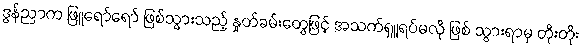
ဒွန်ညာက ဖြူရော်ရော် ဖြစ်သွားသည့် နှုတ်ခမ်းတွေဖြင့် အသက်ရှူရပ်မလို ဖြစ် သွားရာမှ တိုးတိုး